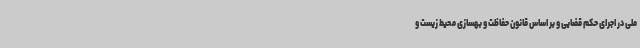
ملی در اجرای حکم قضایی و بر اساس قانون حفاظت و بهسازی محیط زیست و